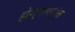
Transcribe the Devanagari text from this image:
होण्यापर्यंत